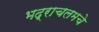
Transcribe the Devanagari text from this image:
भद्राचलमचे